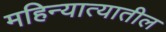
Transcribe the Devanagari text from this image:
महिन्यात्यातील